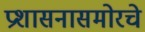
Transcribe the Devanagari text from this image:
प्रशासनासमोरचे